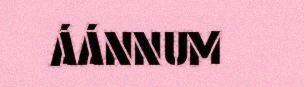
ÁÁNNUM